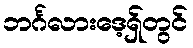
ဘင်္ဂလားဒေ့ရှ်တွင်